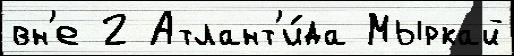
вн'е 2 Атлант'и́да Мыркай